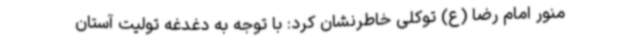
منور امام رضا (ع) توکلی خاطرنشان کرد: با توجه به دغدغه تولیت آستان